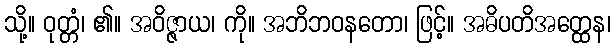
သို့။ ဝုတ္တံ၊ ၏။ အဝိဇ္ဇာယ၊ ကို။ အဘိဘဝနတော၊ ဖြင့်။ အဓိပတိအတ္ထေန၊